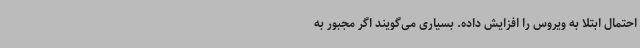
احتمال ابتلا به ویروس را افزایش داده. بسیاری می‌گویند اگر مجبور به